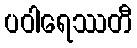
ပဝါရေဿတီ